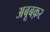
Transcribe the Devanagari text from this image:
अबूबक़र